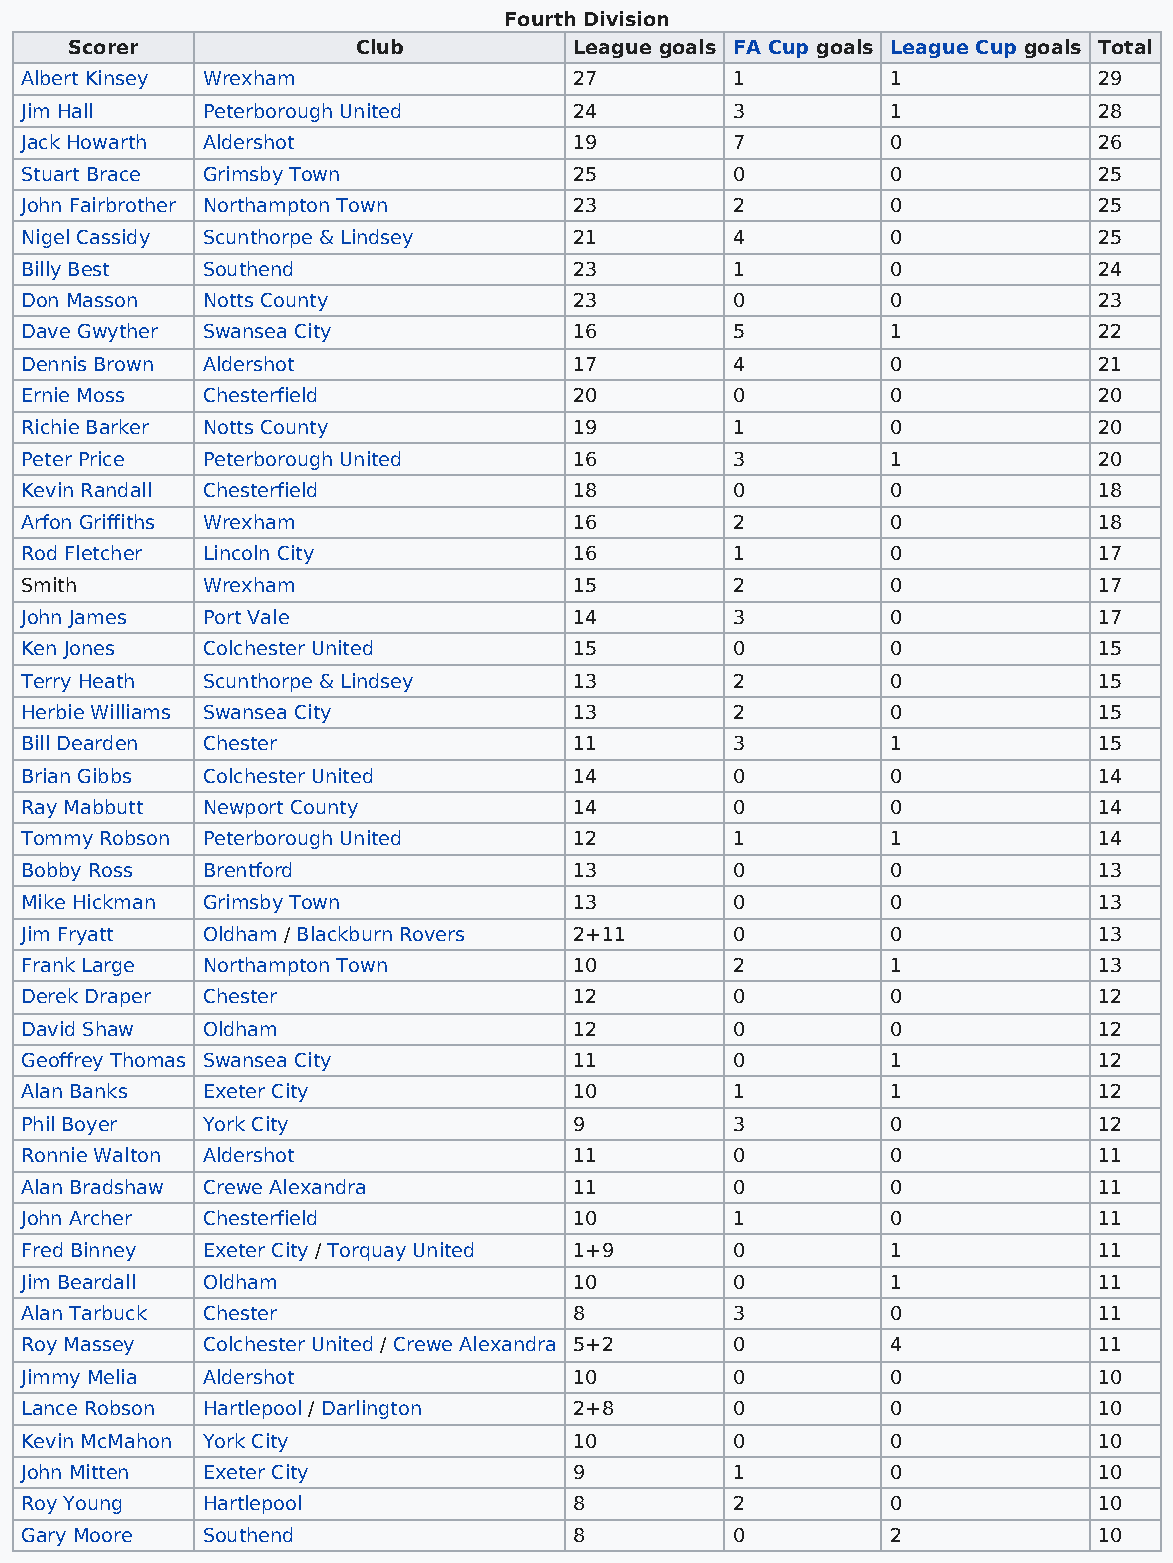
Fourth Division
 Scorer             Club          League goals FA Cup goals League Cup goals Total
 Albert Kinsey Wrexham                27         1         1             29
 Jim Hall    Peterborough United      24         3         1             28
 Jack Howarth Aldershot               19         7         0             26
 Stuart Brace Grimsby Town            25         0         0             25
 John Fairbrother Northampton Town    23         2         0             25
 Nigel Cassidy Scunthorpe & Lindsey   21         4         0             25
 Billy Best  Southend                 23         1         0             24
 Don Masson  Notts County             23         0         0             23
 Dave Gwyther Swansea City            16         5         1             22
 Dennis Brown Aldershot               17         4         0             21
 Ernie Moss  Chesterfield             20         0         0             20
 Richie Barker Notts County           19         1         0             20
 Peter Price Peterborough United      16         3         1             20
 Kevin Randall Chesterfield           18         0         0             18
 Arfon Griffiths Wrexham              16         2         0             18
 Rod Fletcher Lincoln City            16         1         0             17
 Smith       Wrexham                  15         2         0             17
 John James  Port Vale                14         3         0             17
 Ken Jones   Colchester United        15         0         0             15
 Terry Heath Scunthorpe & Lindsey     13         2         0             15
 Herbie Williams Swansea City         13         2         0             15
 Bill Dearden Chester                 11         3         1             15
 Brian Gibbs Colchester United        14         0         0             14
 Ray Mabbutt Newport County           14         0         0             14
 Tommy Robson Peterborough United     12         1         1             14
 Bobby Ross  Brentford                13         0         0             13
 Mike Hickman Grimsby Town            13         0         0             13
 Jim Fryatt  Oldham / Blackburn Rovers 2+11      0         0             13
 Frank Large Northampton Town         10         2         1             13
 Derek Draper Chester                 12         0         0             12
 David Shaw  Oldham                   12         0         0             12
 Geoffrey Thomas Swansea City         11         0         1             12
 Alan Banks  Exeter City              10         1         1             12
 Phil Boyer  York City                9          3         0             12
 Ronnie Walton Aldershot              11         0         0             11
 Alan Bradshaw Crewe Alexandra        11         0         0             11
 John Archer Chesterfield             10         1         0             11
 Fred Binney Exeter City / Torquay United 1+9    0         1             11
 Jim Beardall Oldham                  10         0         1             11
 Alan Tarbuck Chester                 8          3         0             11
 Roy Massey  Colchester United / Crewe Alexandra 5+2 0     4             11
 Jimmy Melia Aldershot                10         0         0             10
 Lance Robson Hartlepool / Darlington 2+8        0         0             10
 Kevin McMahon York City              10         0         0             10
 John Mitten Exeter City              9          1         0             10
 Roy Young   Hartlepool               8          2         0             10
 Gary Moore  Southend                 8          0         2             10